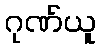
ဂုဏ်ယူ